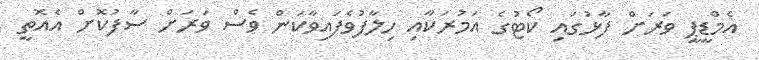
އެމްޑީޕީ ވަރަށް ފާޅުގައި ކޯޓުގެ އަމުރަކާއި ހިލާފުވެފައިވާކަން ވެސް ވަރަށް ސާފުކޮށް އެއޮތީ